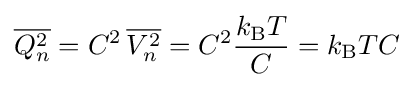
{\overline {Q_{n}^{2}}}=C^{2}\,{\overline {V_{n}^{2}}}=C^{2}{k_{\text{B}}T \over C}=k_{\text{B}}TC